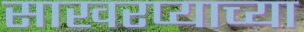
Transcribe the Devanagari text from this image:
साखरप्याच्या